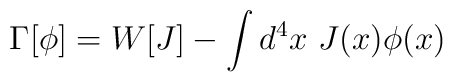
\Gamma [\phi ]=W[J]-\int d^4x~J(x)\phi (x)